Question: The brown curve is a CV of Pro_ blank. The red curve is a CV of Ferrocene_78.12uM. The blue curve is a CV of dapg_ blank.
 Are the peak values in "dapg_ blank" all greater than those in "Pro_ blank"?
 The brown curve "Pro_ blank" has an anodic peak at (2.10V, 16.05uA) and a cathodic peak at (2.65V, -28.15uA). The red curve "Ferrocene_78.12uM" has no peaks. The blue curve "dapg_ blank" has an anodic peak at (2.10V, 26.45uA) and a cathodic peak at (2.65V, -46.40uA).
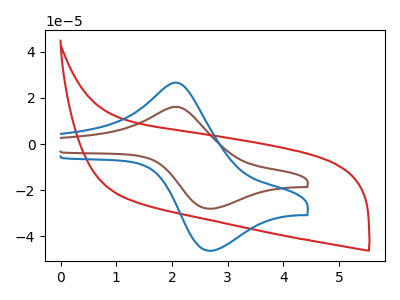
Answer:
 <answer>Every peak in "dapg_ blank" is higher than every peak in "Pro_ blank".</answer>
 <eval>higher</eval>